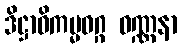
ဒိဋ္ဌာဝိကမ္မဝဂ္ဂ ဝဏ္ဏနာ